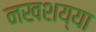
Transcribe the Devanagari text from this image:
नखशय्या